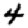
Digit: 4